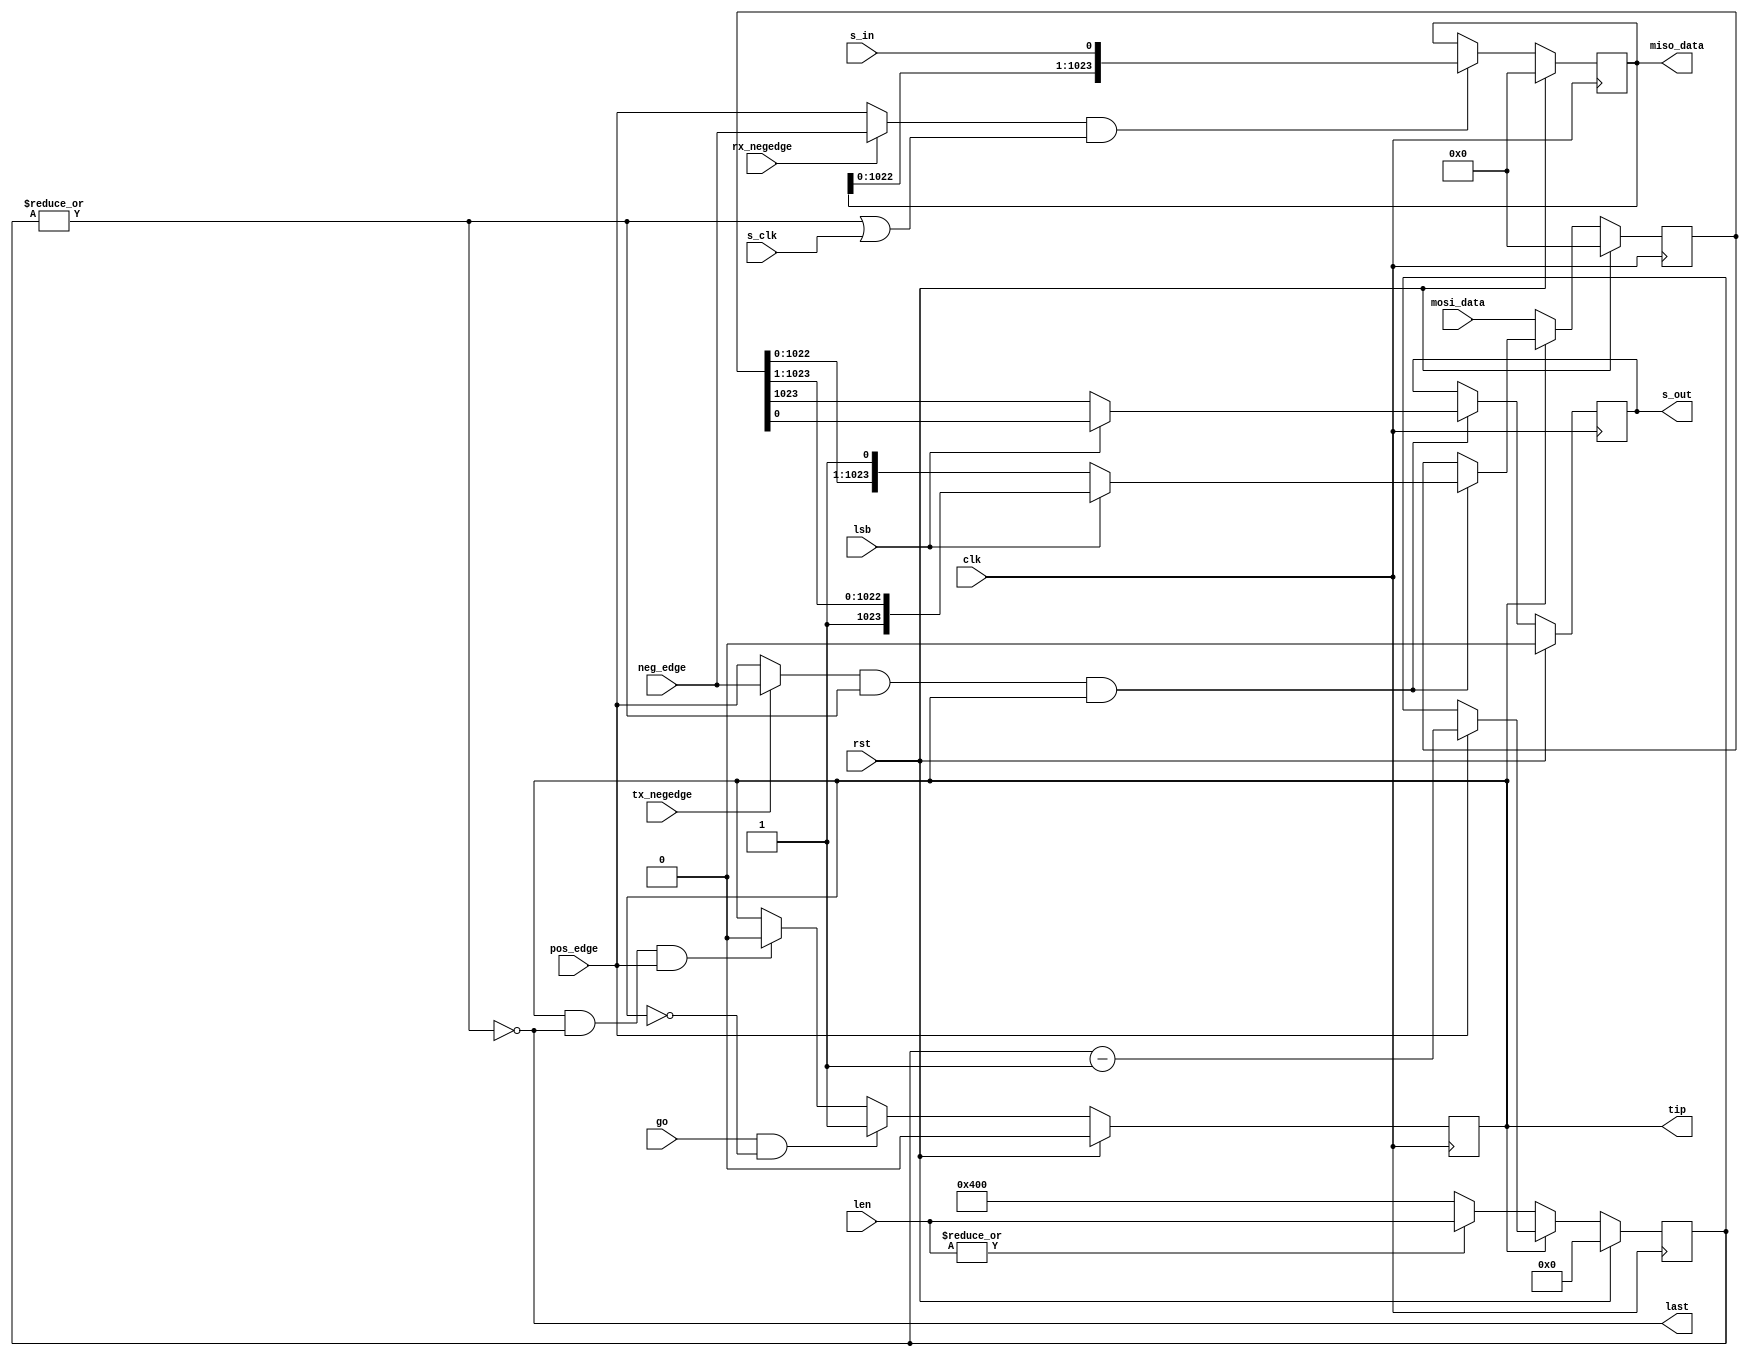
module spi_shift #(
  parameter SPI_CHAR_LEN_BITS = 10
)(

  input                           clk,          // system clock
  input                           rst,          // reset
  input       [31:0]              len,          // data len in bits (minus one)
  input                           lsb,          // lbs first on the line
  input                           go,           // start stansfer
  input                           pos_edge,     // recognize posedge of sclk
  input                           neg_edge,     // recognize negedge of sclk
  input                           rx_negedge,   // s_in is sampled on negative edge
  input                           tx_negedge,   // s_out is driven on negative edge
  output  reg                     tip,          // transfer in progress
  output                          last,         // last bit
  input                           s_clk,        // serial clock
  input                           s_in,         // serial in
  output  reg                     s_out,        // serial out
  output  reg [SPI_MAX_CHAR-1:0]  miso_data,    // parallel out
  input       [SPI_MAX_CHAR-1:0]  mosi_data     // parallel out
);

localparam  SPI_MAX_CHAR        = 2 ** SPI_CHAR_LEN_BITS;


//Local Parameters

//Registers/Wires
reg     [31:0]                  cnt;          // data bit count
reg     [SPI_MAX_CHAR-1:0]      data;         // shift register
wire                            rx_clk;       // rx clock enable
wire                            tx_clk;       // tx clock enable


//Submodules

//Asynchronous Logic
assign last = !(|cnt);

assign rx_clk = (rx_negedge ? neg_edge : pos_edge) && (!last || s_clk);
assign tx_clk = (tx_negedge ? neg_edge : pos_edge) && !last;

//Synchronous Logic

// Character bit counter
always @(posedge clk) begin
  if(rst) begin
    cnt <=  0;
  end
  else begin
    if(tip) begin
      cnt <=  pos_edge ? (cnt - 1) : cnt;
    end
    else begin
      //if len is zero then we put in the max
      //else put in the number specified
      cnt <=  !(|len) ? {1'b1, {SPI_CHAR_LEN_BITS{1'b0}}} : len;
    end
  end
end

// Transfer in progress
always @(posedge clk) begin
  if(rst) begin
    tip <=  1'b0;
  end
  else begin
    if(go && ~tip) begin
      tip <=  1'b1;
    end
    else if(tip && last && pos_edge) begin
      tip <=  1'b0;
    end
  end
end

// Sending bits to the line
always @(posedge clk) begin
  if (rst) begin
    s_out   <=  1'b0;
    data    <=  0;
  end
  else begin
    if (tx_clk && tip) begin
      if (!lsb) begin
        s_out         <=  data[(SPI_MAX_CHAR - 1)];
        data     <=  {data[(SPI_MAX_CHAR - 2):0], 1'b1};
      end
      else begin
        s_out         <=  data[0];
        data     <=  {1'b1, data[(SPI_MAX_CHAR - 1):1]};
      end
    end
    if (!tip) begin
      data            <=  mosi_data;
    end
  end
end

// Receiving bits from the line
always @(posedge clk) begin
  if (rst) begin
    miso_data     <=  0;
  end
  else begin
    if (rx_clk) begin
      //Clock data in on the receive clock
      miso_data <=  {miso_data[(SPI_MAX_CHAR - 2):0], s_in};
    end
  end
end

endmodule